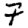
Digit: 7